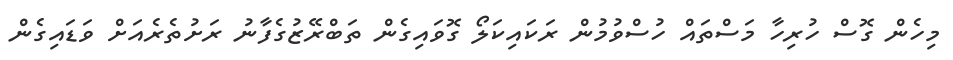
މިހެން ގޮސް ހުރިހާ މަސްތައް ހުސްވުމުން ރަކައިކަލޯ ގޮވައިގެން ތަބްރޭޒުގެފާނު ރަށުތެރެއަށް ވަޑައިގެން